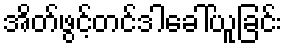
အိတ်ဖွင့်တင်ဒါခေါ်ယူခြင်း